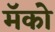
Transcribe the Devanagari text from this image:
मॅको